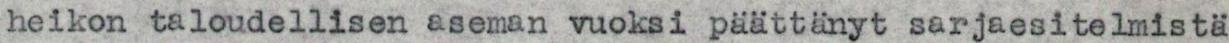
heikon taloudellisen aseman vuoksi päättänyt sarjaesitelmistä